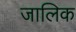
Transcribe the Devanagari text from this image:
जालिक